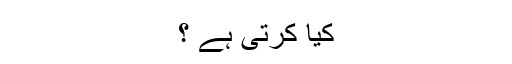
کیا کرتی ہے ؟